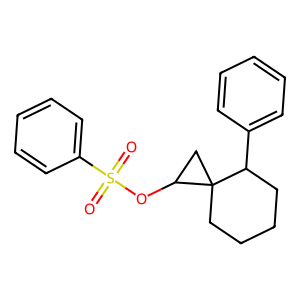
SMILES: O=S(=O)(OC1CC12CCCCC2c1ccccc1)c1ccccc1
Inhibits HIV replication: No